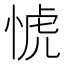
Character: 𢜜